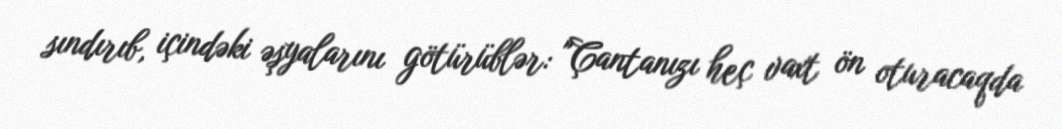
sındırıb, içindəki əşyalarını götürüblər: "Çantanızı heç vaxt ön oturacaqda